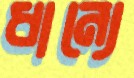
ধান্যে